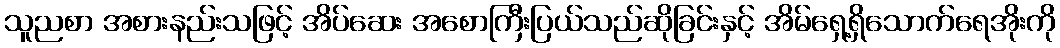
သူညစာ အစားနည်းသဖြင့် အိပ်ဆေး အစောကြီးပြယ်သည်ဆိုခြင်းနှင့် အိမ်ရှေ့ရှိသောက်ရေအိုးကို